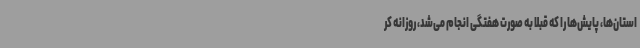
استان‌ها، پایش‌ها را که قبلا به صورت هفتگی انجام می‌شد، روزانه کر